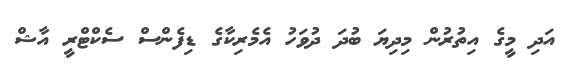
އަދި މީގެ އިތުރުން މިދިޔަ ބުދަ ދުވަހު އެމެރިކާގެ ޑިފެންސް ސެކްޓްރީ އާޝް